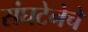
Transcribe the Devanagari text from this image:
संघटेनेचे